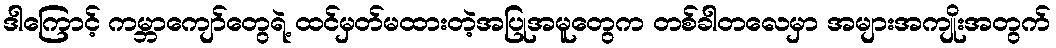
ဒါကြောင့် ကမ္ဘာကျော်တွေရဲ့ ထင်မှတ်မထားတဲ့အပြုအမူတွေက တစ်ခါတလေမှာ အများအကျိုးအတွက်